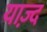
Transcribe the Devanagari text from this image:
याज़्द